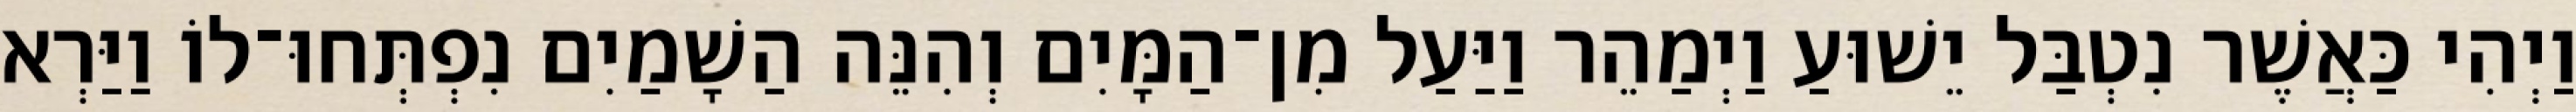
וַיְהִי כַּאֲשֶׁר נִטְבַּל יֵשׁוּעַ וַיְמַהֵר וַיַּעַל מִן־הַמָּיִם וְהִנֵּה הַשָׁמַיִם נִפְתְּחוּ־לוֹ וַיַּרְא